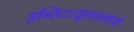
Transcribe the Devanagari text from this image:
इन्स्टिटयूशनमध्ये